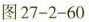
图27-2-60